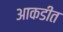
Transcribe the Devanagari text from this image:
आकडीत